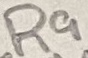
Text: R9